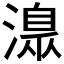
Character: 𣾄